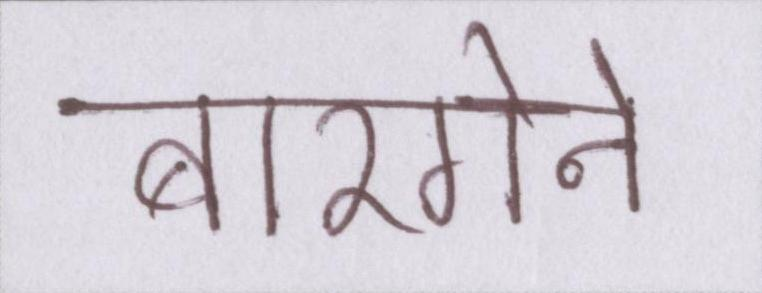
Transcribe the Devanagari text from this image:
बारगेन